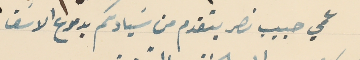
عمي حبيب نصر يتقدم من سَيادتكم بدموع الاسَف